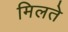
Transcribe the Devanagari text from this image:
मिलते